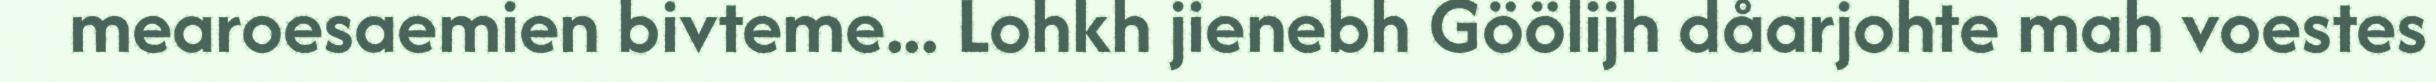
mearoesaemien bivteme... Lohkh jienebh Göölijh dåarjohte mah voestes